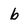
Character: b